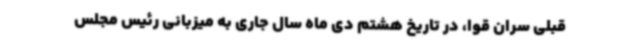
قبلی سران قوا، در تاریخ هشتم دی ماه سال جاری به میزبانی رئیس مجلس